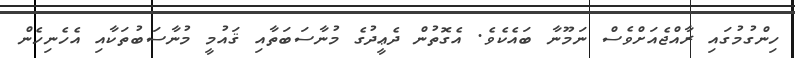
ހިންގުމުގައި ރާއްޖެއަށްވެސް ނަމޫނާ ބައެކެވެ. އެގޮތުން ދެޢީދުގެ މުނާސަބަތާއި ޤައުމީ މުނާސަބުތަކާއި އެހެނިހެން